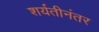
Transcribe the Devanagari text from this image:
शर्यतीनंतर